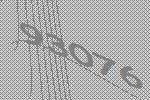
93076